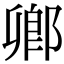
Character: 𨜮